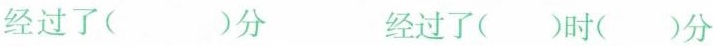
经过了( )分 经过了()时()分